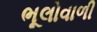
ભૂલોવાળી